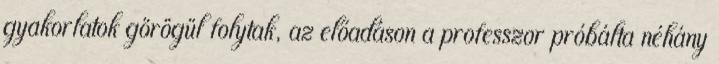
gyakorlatok görögül folytak, az előadáson a professzor próbálta néhány